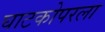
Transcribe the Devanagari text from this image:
घाटकोपरला